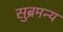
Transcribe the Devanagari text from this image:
सुब्रमन्य